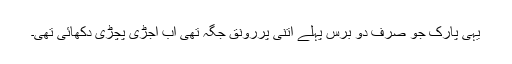
یہی پارک جو صرف دو برس پہلے اتنی پُررونق جگہ تھی اب اجڑی پچڑی دکھائی تھی۔